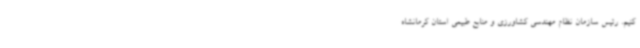
کنیم. رئیس سازمان نظام مهندسی کشاورزی و منابع طبیعی استان کرمانشاه